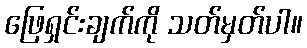
ဖြေရှင်းချက်ကို သတ်မှတ်ပါ။